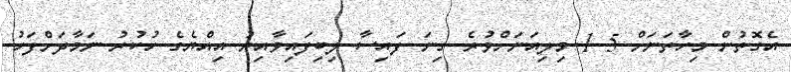
އެގޮތުން މިހާތަނަށް 1.5 މިލިއަނަށްވުރެ ގިނަ ފައިސާ ލިބިފައިވާއިރު އިއްޔެގެ ހުކުރު ނަމާދަށްފަހު